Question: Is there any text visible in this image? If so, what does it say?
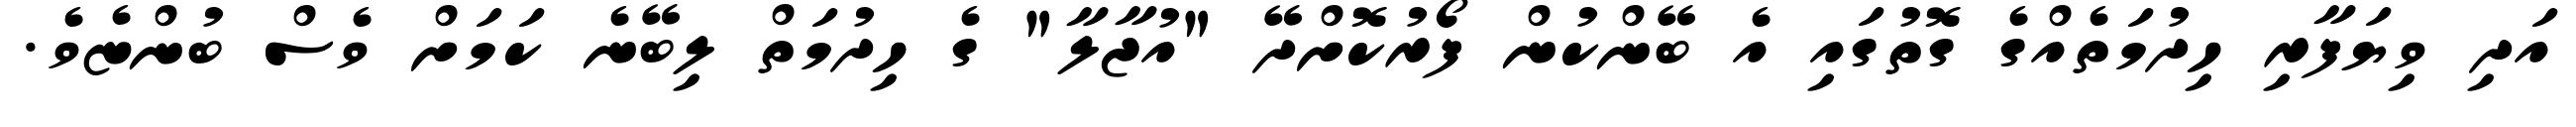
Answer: އަދި ވިޔަފާރި ހިދުމަތެއްގެ ގޮތުގައި އެ ބޭންކުން ފޯރުކޮށްދޭ "އުޖާލާ" ގެ ހިދުމަތް ލިބޭނެ ކަމަށް ވެސް ބުންޏެވެ.